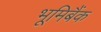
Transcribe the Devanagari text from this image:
भूमिबैंक